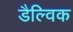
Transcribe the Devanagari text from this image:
डैल्विक